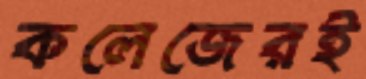
কলেজেরই